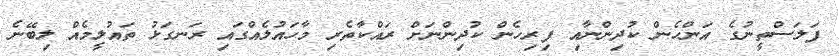
ފަލަސްތީނުގެ އަންހެން ކުދިންނާއި ފިރިހެން ކުދިންނަށް ރައްކާތެރި މާހައުލެއްގައި ރަނގަޅު ތައުލީމެއް ލިބޭނެ